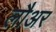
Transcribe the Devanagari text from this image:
लौअर